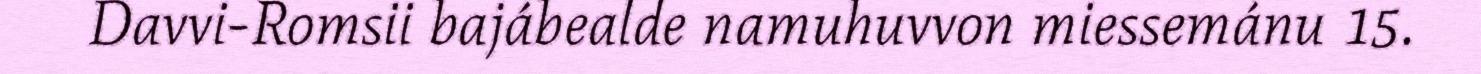
Davvi-Romsii bajábealde namuhuvvon miessemánu 15.